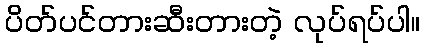
ပိတ်ပင်တားဆီးတားတဲ့ လုပ်ရပ်ပါ။